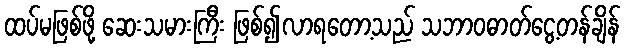
ထပ်မဖြစ်ဖို့ ဆေးသမားကြီး ဖြစ်၍လာရတော့သည် သဘာဝဓာတ်ငွေ့တန်ချိန်